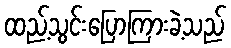
ထည့်သွင်းပြောကြားခဲ့သည်